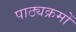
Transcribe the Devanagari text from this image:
पाठ्यक्रमोँ